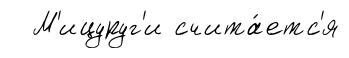
М'ицуруг'и счита́етс'я